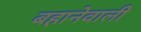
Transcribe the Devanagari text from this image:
बहानेवाली